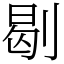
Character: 㓭